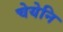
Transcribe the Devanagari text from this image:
चेयेनि